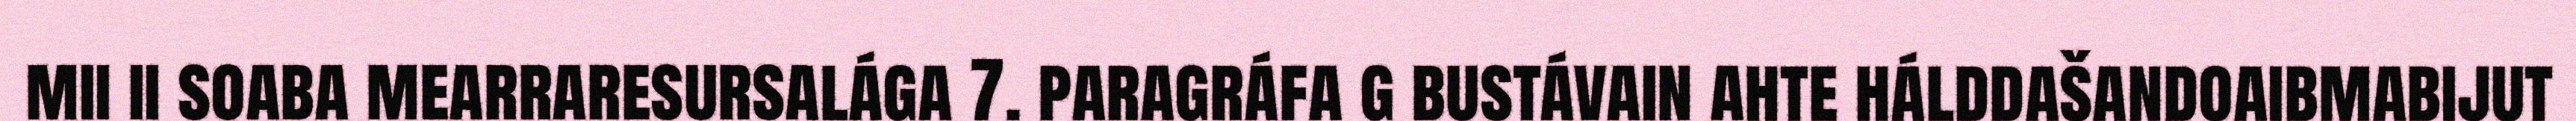
mii ii soaba mearraresursalága 7. paragráfa g bustávain ahte hálddašandoaibmabijut